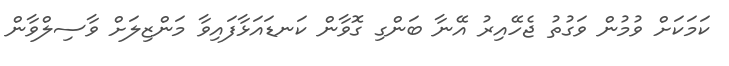
ކަމަކަށް ވުމުން ވަގުތު ޖެހޭއިރު އޭނާ ބަންގި ގޮވާން ކަނޑައަޅާފައިވާ މަންޒިލަށް ވާސިލްވާން